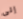
إلى